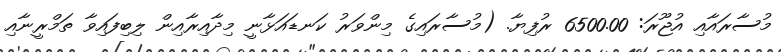
މުސާރައާއި އުޖޫރަ: 6500.00 ރުފިޔާ. (މުސާރައިގެ މިންވަރު ކަނޑައަޅާނީ މިދާއިރާއިން ލިބިފައިވާ ތަމްރީނާއި